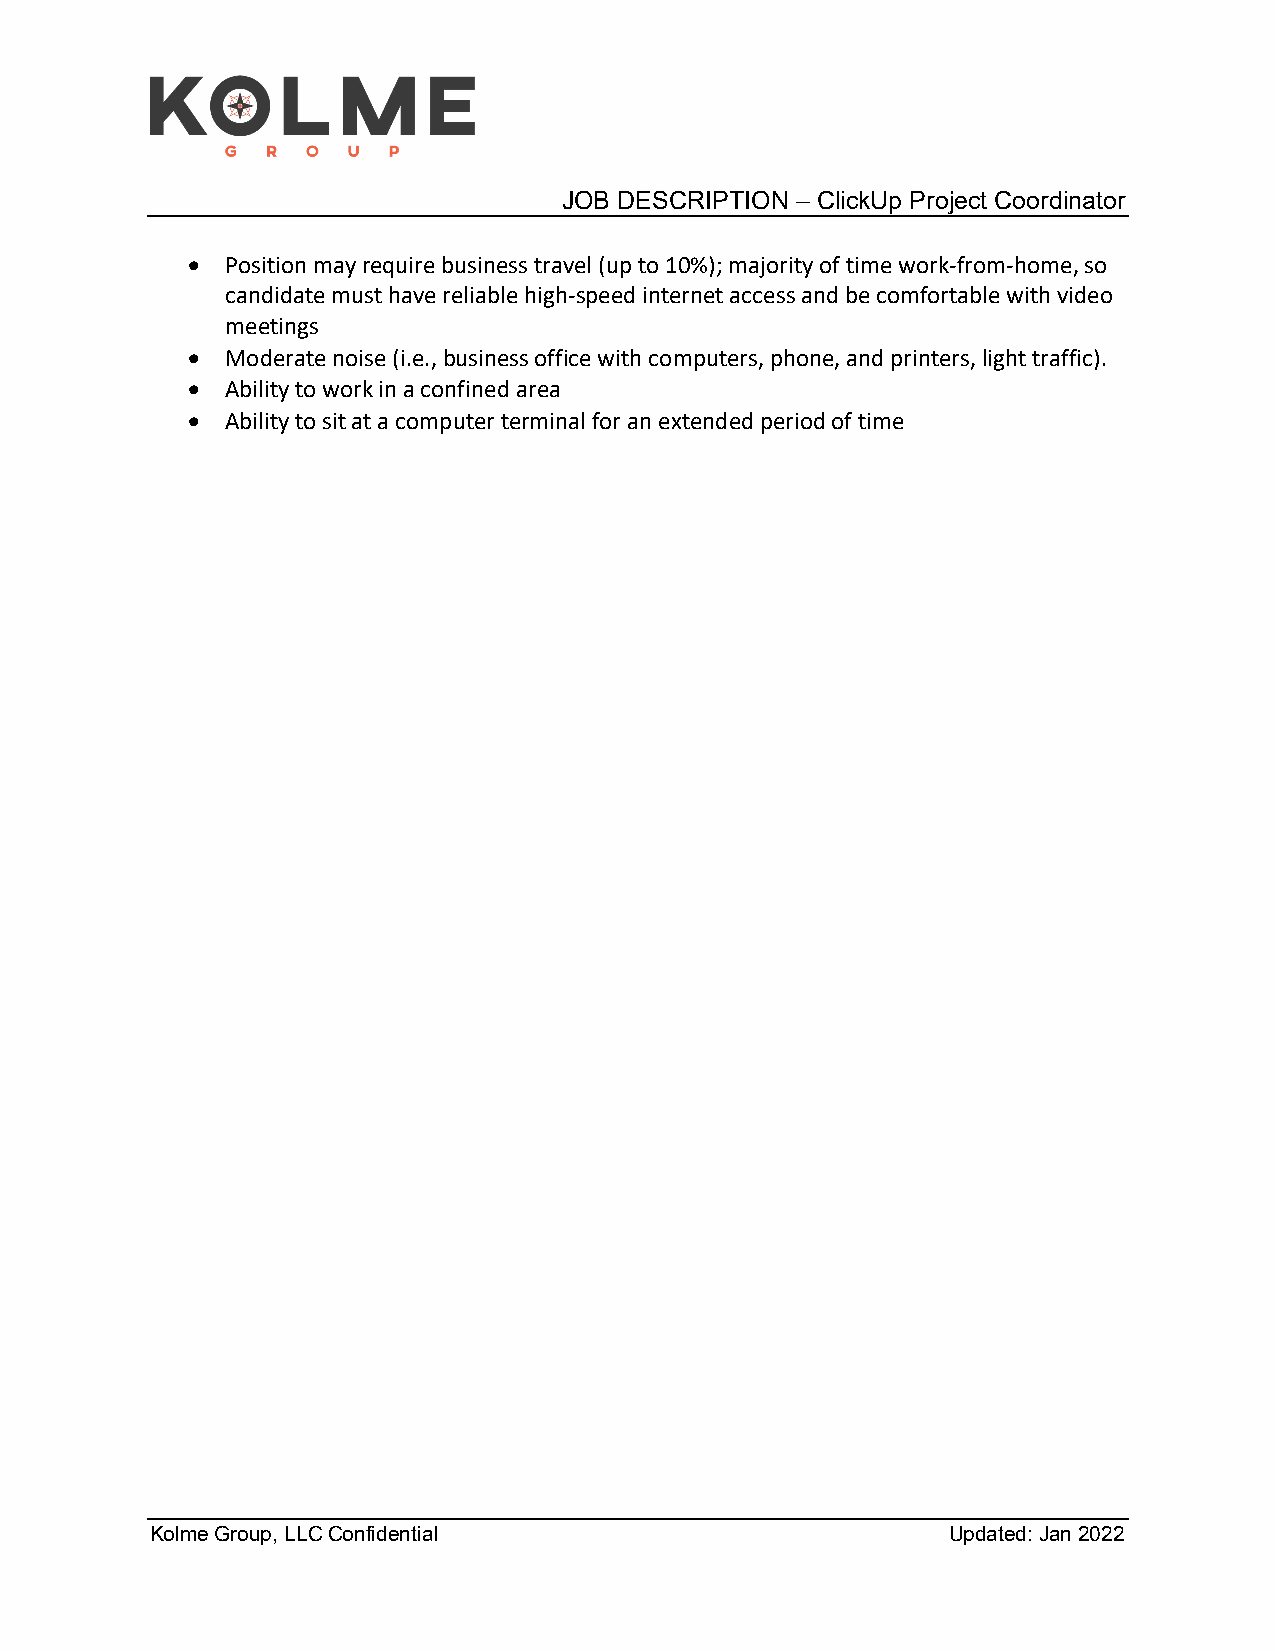
JOB DESCRIPTION – ClickUp Project Coordinator
 •  Position may require business travel (up to 10%); majority of time work-from-home, so
 candidate must have reliable high-speed internet access and be comfortable with video
 meetings
 •  Moderate noise (i.e., business office with computers, phone, and printers, light traffic).
 •  Ability to work in a confined area
 •  Ability to sit at a computer terminal for an extended period of time
 Kolme Group, LLC Confidential                        Updated: Jan 2022